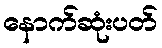
နောက်ဆုံးပတ်